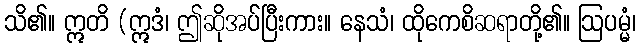
သိ၏။ ဣတိ (ဣဒံ၊ ဤဆိုအပ်ပြီးကား။ နေသံ၊ ထိုကေစိဆရာတို့၏။ ဩပမ္မံ၊